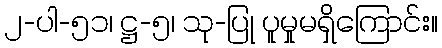
၂-ပါ-၅၁၊ ဋ္ဌ-၅၊ သု-ပြု ပူမှုမရှိကြောင်း။